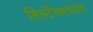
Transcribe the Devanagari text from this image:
हिस्टेरेक्टोमीचे